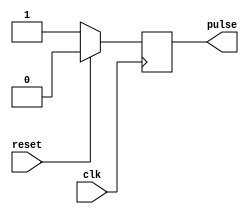
module RisingEdgePulseGenerator (
    input wire clk,
    input wire reset,
    output reg pulse
);

always @ (posedge clk) begin
    if (reset) begin
        pulse <= 1'b0;
    end else begin
        pulse <= 1'b1;
    end
end

endmodule